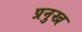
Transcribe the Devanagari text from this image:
प्रनुख